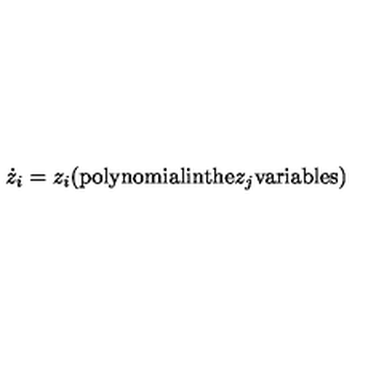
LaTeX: { \dot { z } } _ { i } = z _ { i } ( \mathrm { p o l y n o m i a l i n t h e } z _ { j } \mathrm { v a r i a b l e s } )